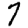
Digit: 7